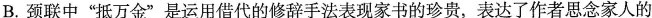
B. 颈联中“抵万金”是运用借代的修辞手法表现家书的珍贵，表达了作者思念家人的